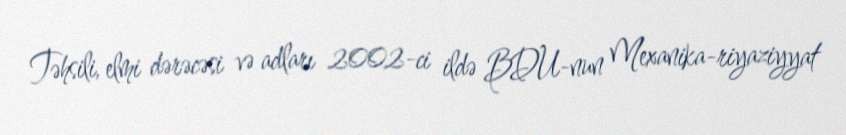
Təhsili, elmi dərəcəsi və adları 2002-ci ildə BDU-nun Mexanika-riyaziyyat